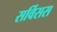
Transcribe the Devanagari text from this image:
सर्विसस